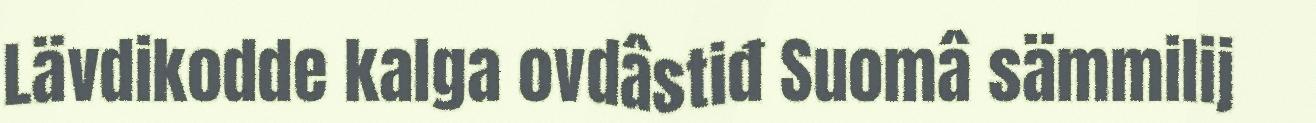
Lävdikodde kalga ovdâstiđ Suomâ sämmilij